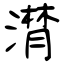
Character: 潸